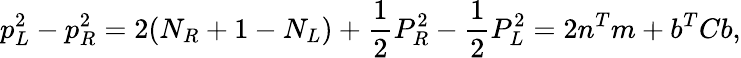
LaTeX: p_{L}^{2}-p_{R}^{2}=2(N_{R}+1-N_{L})+\frac{1}{2}P_{R}^{2}-\frac{1}{2}P_{L}^{2}=2n^{T}m+b^{T}Cb,